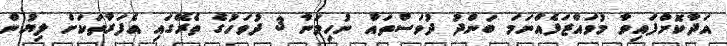
އަދާކޮށްފައިވާ މުވައްޒަފެއްނަމަ ބަންދު ދުވަސްތައް ނުހިމަނާ 3 ދުވަހުގެ ތެރޭގައި އެފަރާތަކަށް ލިޔުން